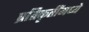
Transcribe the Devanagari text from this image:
प्रतिकृतींमध्ये